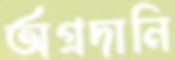
অগ্রদানি